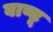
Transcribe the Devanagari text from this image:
बाण्टू